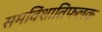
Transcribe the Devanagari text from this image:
समविंशातिफलक